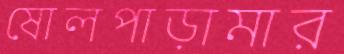
ষোলপাড়ামার